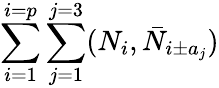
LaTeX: \sum_{i=1}^{i=p}\sum_{j=1}^{j=3}(N_{i},\bar{N}_{i\pm a_{j}})